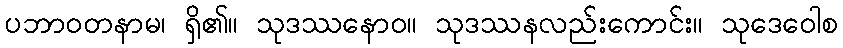
ပဘာဝတနာမ၊ ရှိ၏။ သုဒဿနောဝ။ သုဒဿနလည်းကောင်း။ သုဒေဝေါစ